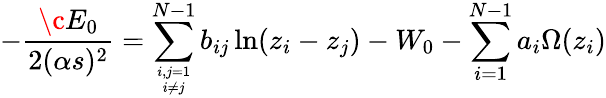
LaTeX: -{\frac{\c E_{0}}{2(\alpha s)^{2}}}=\sum_{{i,j=1\atop i\not=j}}^{N-1}b_{ij}\ln(z_{i}-z_{j})-W_{0}-\sum_{i=1}^{N-1}a_{i}\Omega(z_{i})